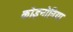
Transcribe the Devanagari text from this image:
कोइनोनिया